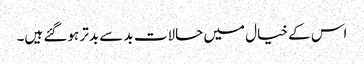
اس کے خیال میں حالات بد سے بدتر ہوگئے ہیں۔